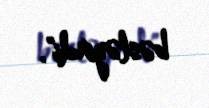
bəsləyirdi".